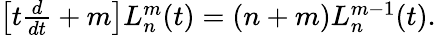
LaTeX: \begin{array}{r}{\left[t\frac{d}{dt}+m\right]L_{n}^{m}(t)=(n+m)L_{n}^{m-1}(t).}\end{array}